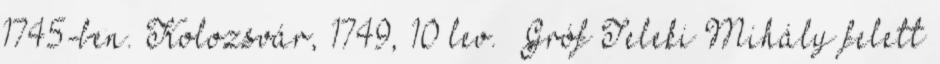
1745-ben. Kolozsvár, 1749, 10 lev. Gróf Teleki Mihály felett